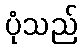
ပုံသည်